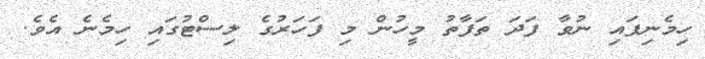
ހިމެނިފައި ނުވާ ފަދަ ތަފާތު މީހުން މި ފަހަރުގެ ލިސްޓުގައި ހިމެނެ އެވެ.